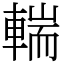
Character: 輲